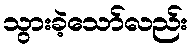
သွားခဲ့သော်လည်း